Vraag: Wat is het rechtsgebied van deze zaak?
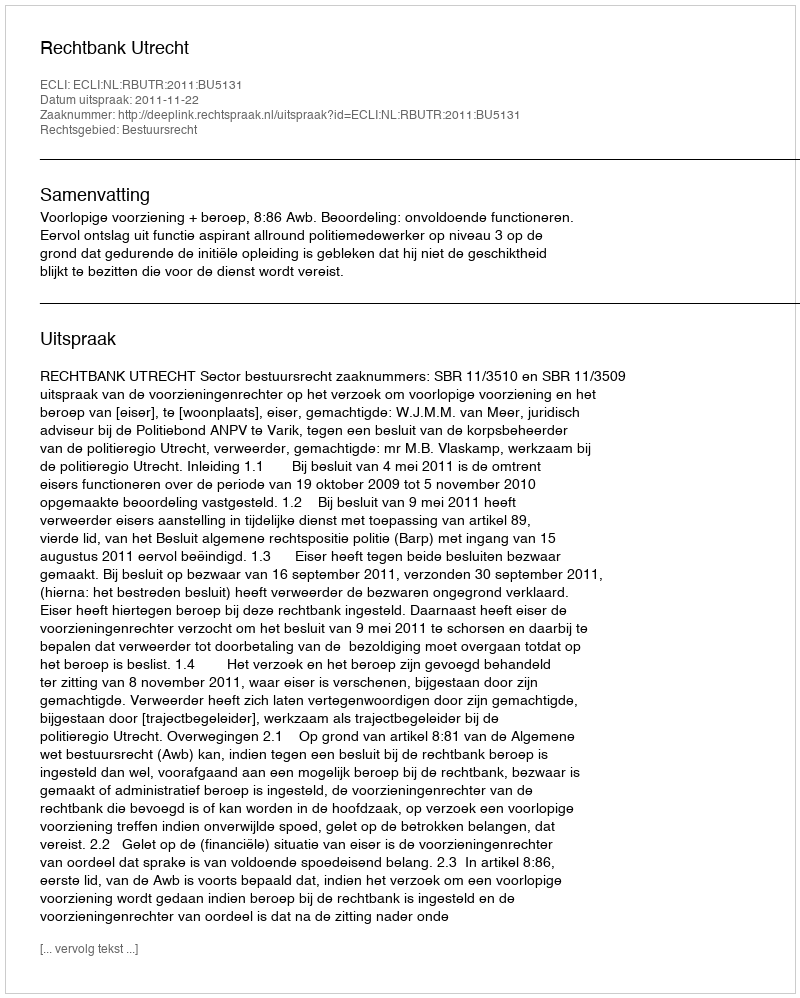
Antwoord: Bestuursrecht